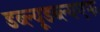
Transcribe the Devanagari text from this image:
डब्ल्यूडब्ल्यएफ